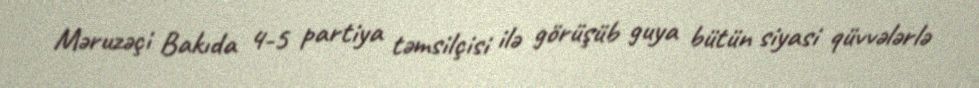
Məruzəçi Bakıda 4-5 partiya təmsilçisi ilə görüşüb guya bütün siyasi qüvvələrlə